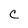
Character: C